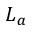
L _ { a }